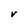
Character: v